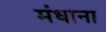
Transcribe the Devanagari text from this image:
मंधाना